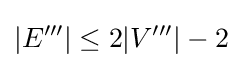
|E'''|\leq 2|V'''|-2